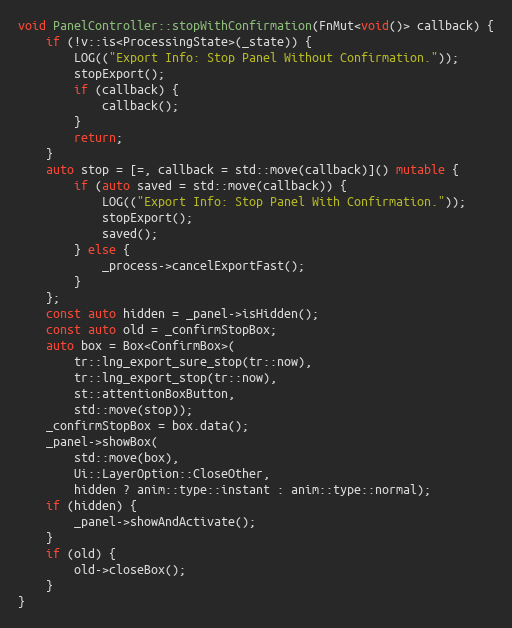
Language: C++
void PanelController::stopWithConfirmation(FnMut<void()> callback) {
	if (!v::is<ProcessingState>(_state)) {
		LOG(("Export Info: Stop Panel Without Confirmation."));
		stopExport();
		if (callback) {
			callback();
		}
		return;
	}
	auto stop = [=, callback = std::move(callback)]() mutable {
		if (auto saved = std::move(callback)) {
			LOG(("Export Info: Stop Panel With Confirmation."));
			stopExport();
			saved();
		} else {
			_process->cancelExportFast();
		}
	};
	const auto hidden = _panel->isHidden();
	const auto old = _confirmStopBox;
	auto box = Box<ConfirmBox>(
		tr::lng_export_sure_stop(tr::now),
		tr::lng_export_stop(tr::now),
		st::attentionBoxButton,
		std::move(stop));
	_confirmStopBox = box.data();
	_panel->showBox(
		std::move(box),
		Ui::LayerOption::CloseOther,
		hidden ? anim::type::instant : anim::type::normal);
	if (hidden) {
		_panel->showAndActivate();
	}
	if (old) {
		old->closeBox();
	}
}